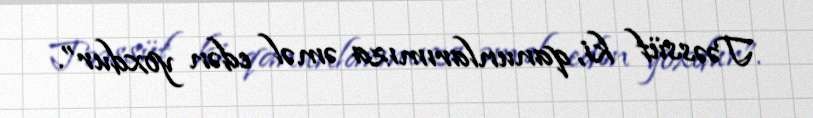
Təəssüf ki, qanunlarımıza əməl edən yoxdur”.